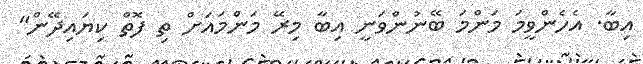
އިބާ. އެހެންވީމަ މަންމަ ބޭނުންވަނީ އިބާ މިރޭ މަންމައަށް ތި ފޮތް ކިޔައިދޭން"